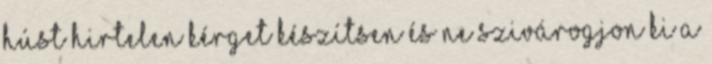
húst hirtelen kérget készítsen és ne szivárogjon ki a